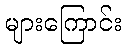
များကြောင်း